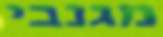
מגנבי